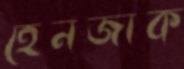
হেনজাক